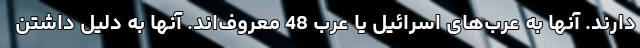
دارند. آنها به عرب‌های اسرائیل یا عرب 48 معروف‌اند. آنها به دلیل داشتن